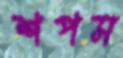
শপস